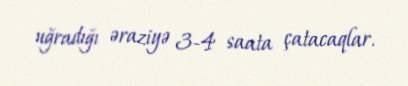
uğradığı əraziyə 3-4 saata çatacaqlar.